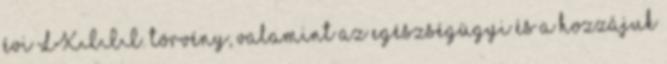
évi LXIII. törvény, valamint az egészségügyi és a hozzájuk